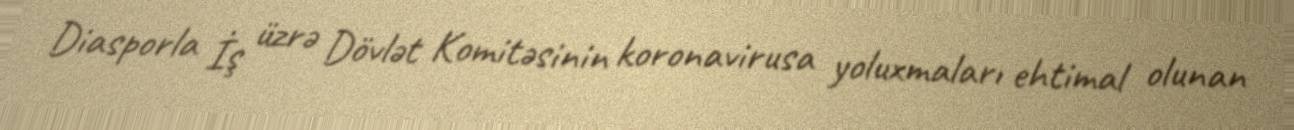
Diasporla İş üzrə Dövlət Komitəsinin koronavirusa yoluxmaları ehtimal olunan